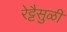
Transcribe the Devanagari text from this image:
रेट्टैसुळी